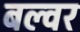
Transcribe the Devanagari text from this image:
बल्वर